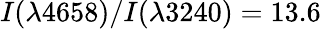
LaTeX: I(\lambda 4658)/I(\lambda 3240)=13.6